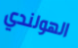
الهولندي